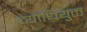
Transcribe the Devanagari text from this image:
व्याधियुक्त